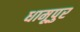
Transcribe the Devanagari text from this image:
धामूपुर